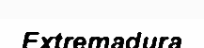
Extremadura